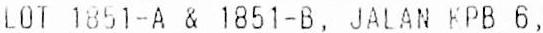
LOT 1851-A & 1851-B, JALAN KPB 6,